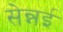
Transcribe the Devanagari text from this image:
सेन्नई